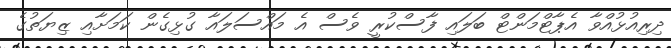
ދިރިއުޅުއްވާ އެޕާޓްމަންޓް ބަލައި ފާސްކުރީ ވެސް އެ މައްސަލައާ ގުޅިގެން ކަމަށާއި ޒިޔަތުގެ